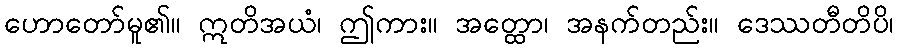
ဟောတော်မူ၏။ ဣတိအယံ၊ ဤကား။ အတ္ထော၊ အနက်တည်း။ ဒေဿတီတိပိ၊